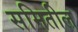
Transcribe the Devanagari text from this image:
समितील